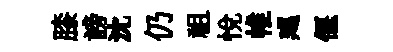
膝謗沈仍祖悦帷廵偃